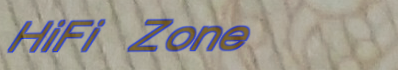
HiFi Zone